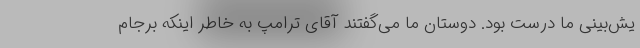
یش‌بینی ما درست بود. دوستان ما می‌گفتند آقای ترامپ به خاطر اینکه برجام